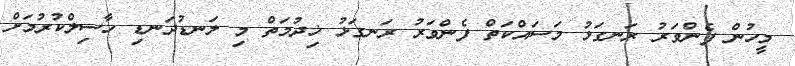
މީހުން ފެންވަރު ރަނގަޅު މަސައްކަތް ފެންވަރު ރަނގަޅު ޚިދުމަތް މި ލަނޑުދަނޑި ހާސިލްކުރުމަށް